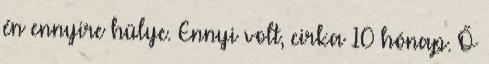
én ennyire hülye. Ennyi volt, cirka 10 hónap. Ő